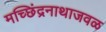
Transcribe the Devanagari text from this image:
मच्छिंद्रनाथाजवळ